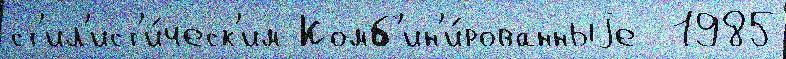
ст'ил'ист'и́ческ'им Комб'ин'и́рованныjе  1985